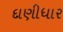
દાણીધાર